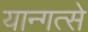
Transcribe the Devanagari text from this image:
यान्गत्से